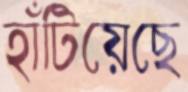
হাঁটিয়েছে